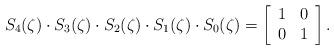
LaTeX: \begin{align*} S_4(\zeta)\cdot S_3(\zeta)\cdot S_2( \zeta)\cdot S_1(\zeta)\cdot S_0(\zeta)= \left[\begin{array}{cc}1&0\\ 0&1\end{array}\right]. \end{align*}